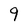
Character: 9